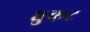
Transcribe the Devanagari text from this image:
धुकट